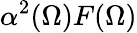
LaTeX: \alpha^{2}(\Omega)F(\Omega)